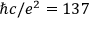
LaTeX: \hbar c / e ^ { 2 } = 1 3 7